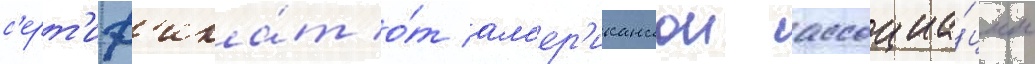
с'ерт'иф'ика́т о́т ам'ер'иканскои ассоциа́ции